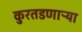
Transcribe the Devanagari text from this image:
कुरतडणाऱ्या